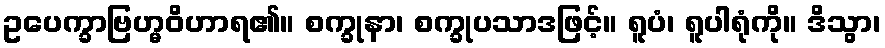
ဥပေက္ခာဗြဟ္မဝိဟာရ၏။ စက္ခုနာ၊ စက္ခုပသာဒဖြင့်။ ရူပံ၊ ရူပါရုံကို။ ဒိသွာ၊